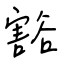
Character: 豁